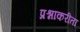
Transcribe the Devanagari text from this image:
प्रश्नाकरीता